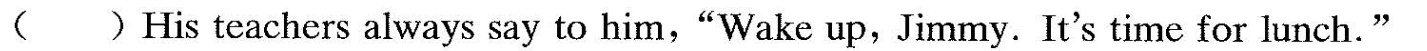
( ) His teachers always say to him,"Wake up,Jimmy. It's time for lunch."